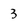
Character: 3